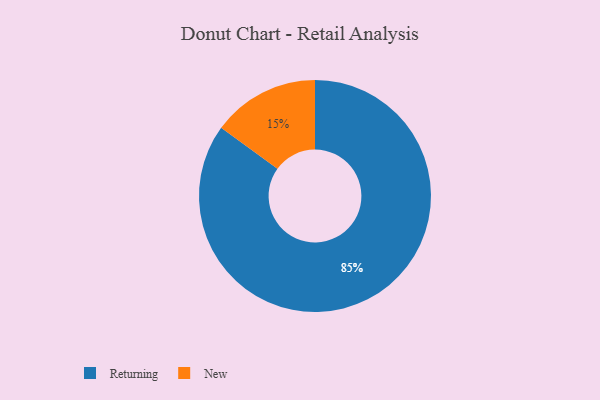
{"axis": {"x": "Category", "y": "Percentage"}, "legend": ["New", "Returning"], "data": [{"x": "New", "y": 15, "type": "New"}, {"x": "Returning", "y": 85, "type": "Returning"}]}